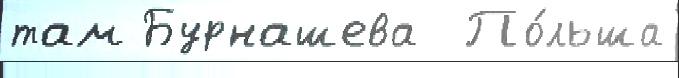
там Бурнашева  По́льша